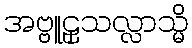
အဗ္ဗူဠှသလ္လာသ္မိ